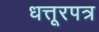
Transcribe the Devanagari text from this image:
धत्तूरपत्र